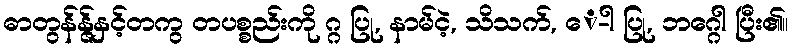
ဓာတွန်န္ဇ်နှင့်တကွ တပစ္စည်းကို ဂ္ဂ ပြု, နာမ်ငဲ့, သိသက်, ေ-ါ ပြု, ဘဂ္ဂေါ ပြီး၏။